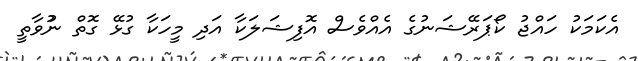
އެކަމަކު ހައްޖު ކޯޕަރޭޝަނުގެ އެއްވެސް އޮފިޝަލަކާ އަދި މީހަކާ ގުޅޭ ގޮތް ނުުވާތީ